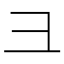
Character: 彐